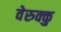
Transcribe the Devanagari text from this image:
वेरुक्कु